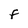
Character: F